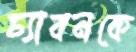
চ্যাবনকে